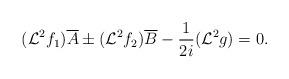
LaTeX: \begin{align*} (\mathcal{L}^2f_1)\overline{A}\pm (\mathcal{L}^2f_2)\overline{B}-\frac{1}{2i}(\mathcal{L}^2 g)=0.\end{align*}